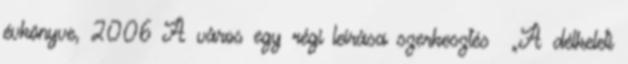
évkönyve, 2006 A város egy régi leírása szerkesztés „A délkeleti